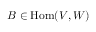
B \in { \mathrm { H o m } } ( V , W )